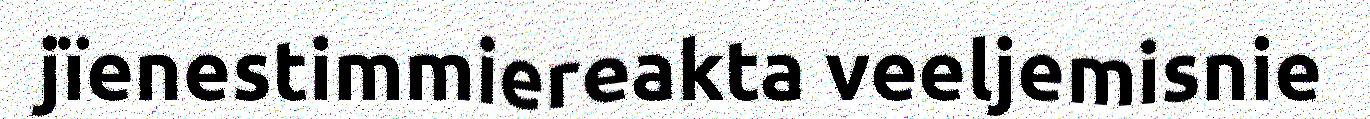
jïenestimmiereakta veeljemisnie